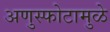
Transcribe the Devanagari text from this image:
अणुस्फोटामुळे